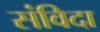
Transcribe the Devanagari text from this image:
संविदा